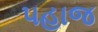
પહાજ